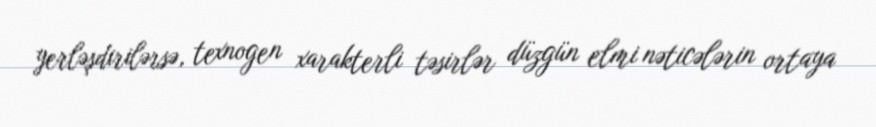
yerləşdirilərsə, texnogen xarakterli təsirlər düzgün elmi nəticələrin ortaya